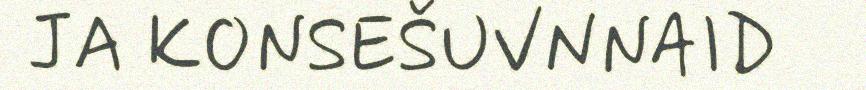
JA KONSEŠUVNNAID